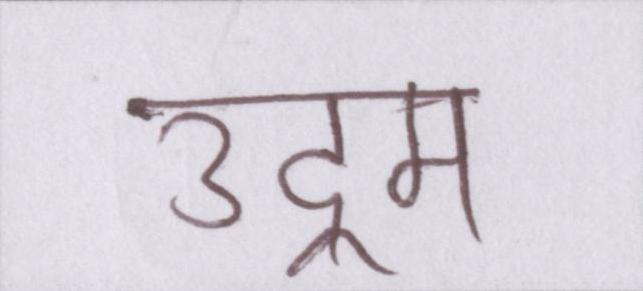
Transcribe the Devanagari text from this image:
उद्गम